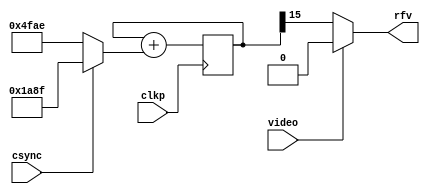
/*
 * This file is part of "TV broadcasting demo using FPGA" project.
 * Copyright (c) 2018 Miguel Angel Rodriguez Jodar.
 * 
 * This program is free software: you can redistribute it and/or modify  
 * it under the terms of the GNU General Public License as published by  
 * the Free Software Foundation, version 3.
 *
 * This program is distributed in the hope that it will be useful, but 
 * WITHOUT ANY WARRANTY; without even the implied warranty of 
 * MERCHANTABILITY or FITNESS FOR A PARTICULAR PURPOSE. See the GNU 
 * General Public License for more details.
 *
 * You should have received a copy of the GNU General Public License 
 * along with this program. If not, see <http://www.gnu.org/licenses/>.
*/

`timescale 1ns / 1ps
`default_nettype none

// Para todas las seales, la frecuencia que se sintetiza con el acumulador de fase
// tiene como valor: Fs = Fp * N / 65536
// Donde Fs es la frecuencia que queremos sintetizar
//       Fp es la frecuencia portadora maestra (200 MHz)
//        N es el valor que sumamos en el registro de acumulacin de fase
// Ejemplo: RFSYNC vale 20398. Esto generar una frecuencia de
//          Fs = 200 * 20398 / 65536 = 62.24975 MHz

module video_emitter (
  input wire clkp,
  input wire video,
  input wire csync,
  output wire rfv
  );
  
  localparam
    RFSYNC  = 16'd20398,  // 62.25 MHz (frecuencia fundamental, 100% de profundidad de amplitud)
    RFVIDEO = 16'd6799;   // 20.75 MHz (primer armnico en 62.25 MHz, 33% de profundidad de amplitud)
    
  reg [15:0] acumphase = 16'h0000;
  always @(posedge clkp)
      acumphase <= acumphase + ((csync == 1'b0)? RFSYNC : RFVIDEO);
    
  assign rfv = (video == 1'b0)? acumphase[15] : 1'b0;  // modulacin en amplitud negativa.
endmodule

module audio_emitter (
  input wire clkp,
  input wire audio,
  output wire rfa
  );
  
  localparam
    RFAUDIOLOW  = 16'd22176,  // video + 5.5 MHz - 75 kHz
    RFAUDIOHIGH = 16'd22224;  // video + 5.5 MHz + 75 kHz
    
  reg [15:0] acumphase = 16'h0000;
  always @(posedge clkp)
    acumphase <= acumphase + ((audio == 1'b0)? RFAUDIOLOW : RFAUDIOHIGH);
    
  assign rfa = acumphase[15];
endmodule
    
`default_nettype wire